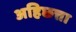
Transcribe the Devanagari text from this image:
अहिछत्ता